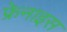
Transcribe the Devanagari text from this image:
फ्रेनाइस